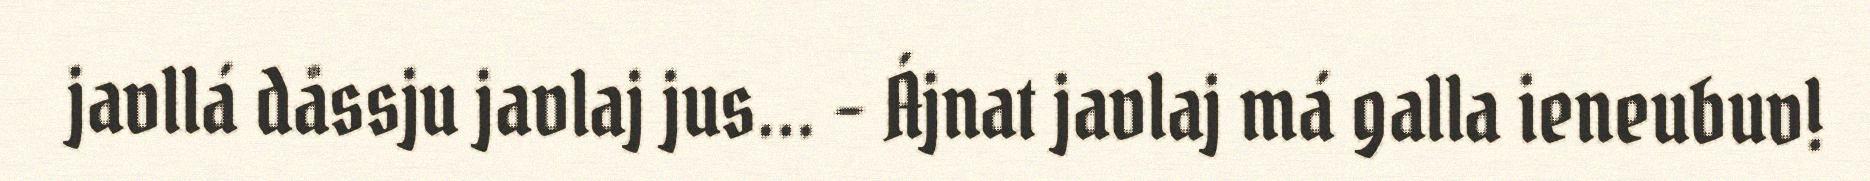
javllá dåssju javlaj jus... – Ájnat javlaj má galla ieneubuv!